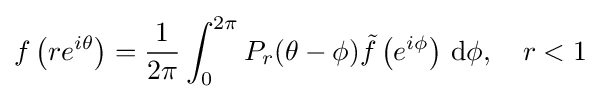
f\left(re^{i\theta }\right)={\frac {1}{2\pi }}\int _{0}^{2\pi }P_{r}(\theta -\phi ){\tilde {f}}\left(e^{i\phi }\right)\,\mathrm {d} \phi ,\quad r<1